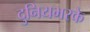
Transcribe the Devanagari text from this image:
दुनियभरके